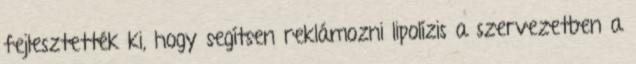
fejlesztették ki, hogy segítsen reklámozni lipolízis a szervezetben a